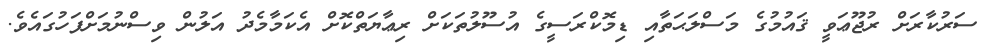
ސަރުކާރަށް ރުޖޫޢަވީ ޤައުމުގެ މަސްލަޙަތާއި ޑިމޮކްރަސީގެ އުސޫލުތަކަށް ރިޢާޔަތްކޮށް އެކަމާމެދު އަލުން ވިސްނުމަށްފަހުގައެވެ.